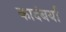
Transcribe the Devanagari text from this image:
कादंबर्या